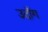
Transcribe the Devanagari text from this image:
उदाँग